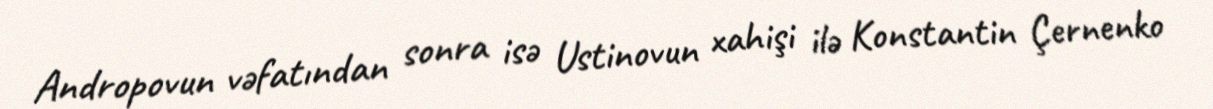
Andropovun vəfatından sonra isə Ustinovun xahişi ilə Konstantin Çernenko